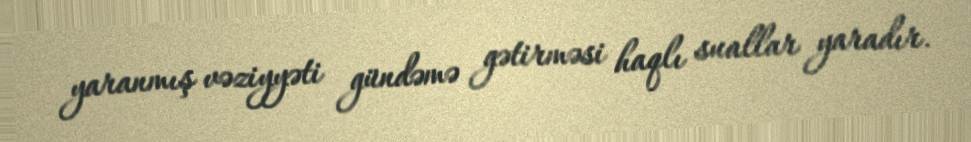
yaranmış vəziyyəti gündəmə gətirməsi haqlı suallar yaradır.